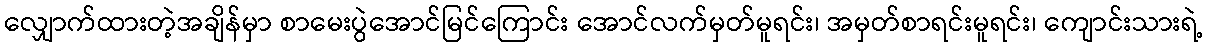
လျှောက်ထားတဲ့အချိန်မှာ စာမေးပွဲအောင်မြင်ကြောင်း အောင်လက်မှတ်မူရင်း၊ အမှတ်စာရင်းမူရင်း၊ ကျောင်းသားရဲ့